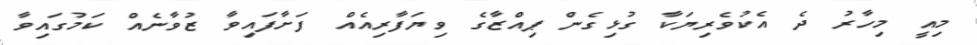
މިއީ މިހާރު ދެ އެކުވެރިޔަކާ ގުޅިގެން ޕިއްޒާގެ ވިޔަފާރިއެއް ފަށާފައިވާ ޒުވާނެއް ކަމުގައިވާ